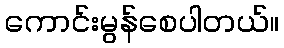
ကောင်းမွန်စေပါတယ်။